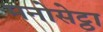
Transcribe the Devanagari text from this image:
मनोसेट्ठा